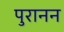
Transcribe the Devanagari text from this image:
पुरानन